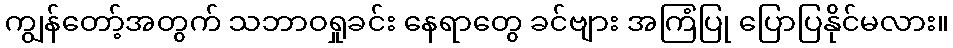
ကျွန်တော့်အတွက် သဘာဝရှုခင်း နေရာတွေ ခင်ဗျား အကြံပြု ပြောပြနိုင်မလား။